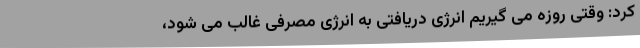
کرد: وقتی روزه می گیریم انرژی دریافتی به انرژی مصرفی غالب می شود،